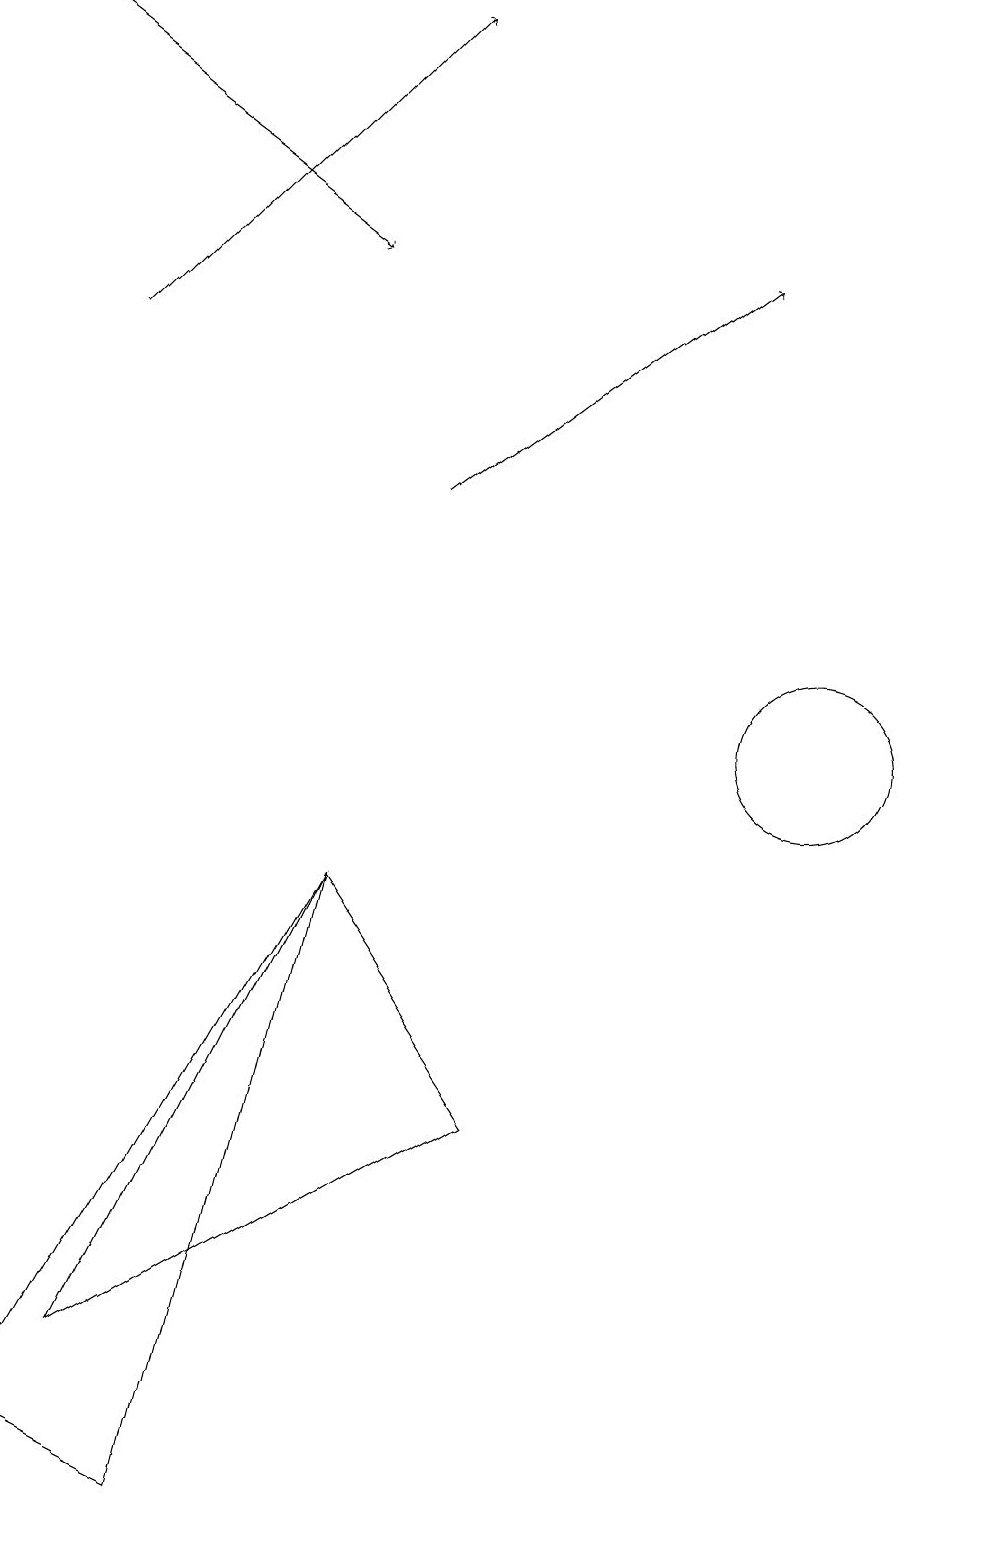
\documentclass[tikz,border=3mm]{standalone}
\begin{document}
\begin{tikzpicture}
\draw (12,10) circle (0);
\draw[->] (5,13) -- (9,16);
\draw (6,12) rectangle (6,12);
\draw[->] (1,15) -- (5,19);
\draw (10,10) circle (1);
\draw[->] (0,19) -- (4,16);
\draw (6,5) -- (1,2) -- (4,8) -- cycle;
\draw (0,1) -- (2,0) -- (4,8) -- cycle;
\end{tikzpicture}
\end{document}